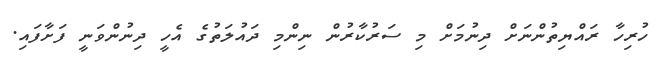
ހުރިހާ ރައްޔިތުންނަށް ދިނުމަށް މި ސަރުކާރުން ނިންމި ދައުލަތުގެ އެހީ ދިނުންވަނީ ފަށާފައި.